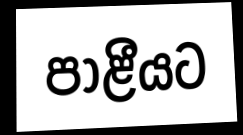
පාළීයට